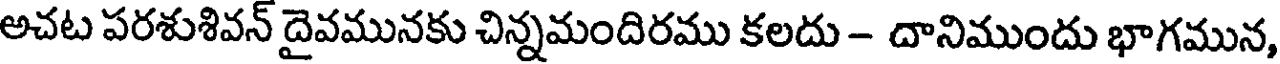
అచట పరశుశివన్ దైవమునకు చిన్నమందిరము కలదు - దానిముందు భాగమున,